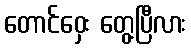
တောင်ဝှေး တွေ့ပြီလား